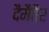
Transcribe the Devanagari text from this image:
दैमैतैर